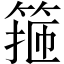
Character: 箍